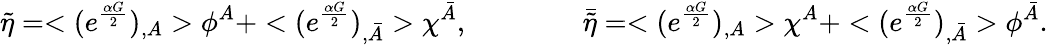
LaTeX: \tilde{\eta}=<(e^{\frac{\alpha G}{2}})_{,A}>\phi^{A}+<(e^{\frac{\alpha G}{2}})_{,\bar{A}}>\chi^{\bar{A}},\qquad\qquad\bar{\tilde{\eta}}=<(e^{\frac{\alpha G}{2}})_{,A}>\chi^{A}+<(e^{\frac{\alpha G}{2}})_{,\bar{A}}>\phi^{\bar{A}}.